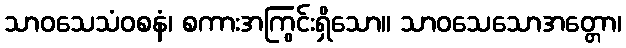
သာဝသေသံဝစနံ၊ စကားအကြွင်းရှိသော။ သာဝသေသောအတ္တော၊